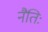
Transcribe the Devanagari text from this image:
नैतिः